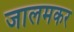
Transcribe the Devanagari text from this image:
जालमकर